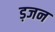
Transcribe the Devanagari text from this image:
ड़जन